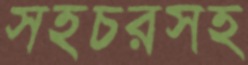
সহচরসহ